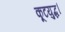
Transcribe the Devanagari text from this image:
कूटयुद्ध।